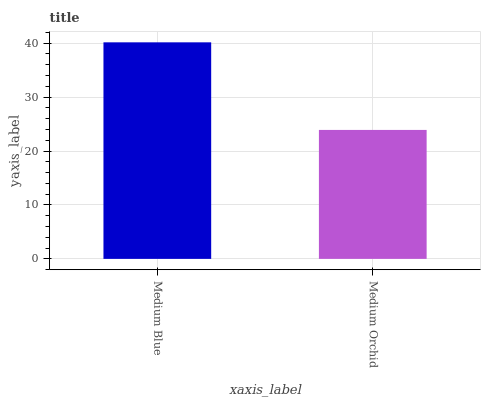
| xaxis_label | bars |
 | --- | --- |
 | Medium Blue | 40.2 |
 | Medium Orchid | 23.9 |